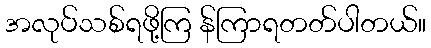
အလုပ်သစ်ရဖို့ကြ န်ကြာရတတ်ပါတယ်။